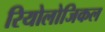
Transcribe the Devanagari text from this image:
रियोलोजिकल